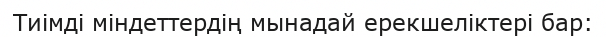
Тиімді міндеттердің мынадай ерекшеліктері бар: